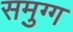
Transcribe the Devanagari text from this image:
समुग्ग